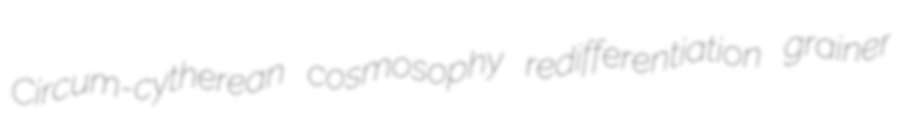
Circum-cytherean cosmosophy redifferentiation grainer